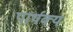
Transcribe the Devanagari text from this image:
पार्थक्‍य